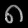
Digit: ၈